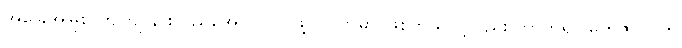
အခြေအမြစ် ကျကျ နားလည်အောင် လုပ်ဖို့ လိုလာမှာ ဖြစ်တယ်လို့လည်း ဘာဘရာ မက်ဇိုလိုင်က